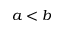
a < b